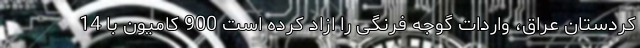
کردستان عراق، واردات گوجه فرنگی را ازاد کرده است 900 کامیون با 14